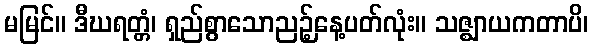
မမြင်။ ဒီဃရတ္တံ၊ ရှည်စွာသောညဉ့်နေ့ပတ်လုံး။ သဇ္ဈာယကတာပိ၊